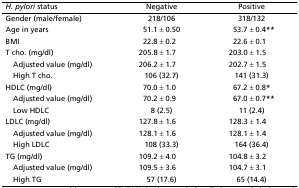
| H. pylori status | Negative | Positive |
 | --- | --- | --- |
 | Gender (male/female) | 218/106 | 318/132 |
 | Age in years | 51.1 ± 0.50 | 53.7 ± 0.4** |
 | BMI | 22.8 ± 0.2 | 22.6 ± 0.1 |
 | T cho. (mg/dl) | 205.8 ± 1.7 | 203.0 ± 1.5 |
 | Adjusted value (mg/dl) | 206.2 ± 1.7 | 202.7 ± 1.5 |
 | High T cho. | 106 (32.7) | 141 (31.3) |
 | HDLC (mg/dl) | 70.0 ± 1.0 | 67.2 ± 0.8* |
 | Adjusted value (mg/dl) | 70.2 ± 0.9 | 67.0 ± 0.7** |
 | Low HDLC | 8 (2.5) | 11 (2.4) |
 | LDLC (mg/dl) | 127.8 ± 1.6 | 128.3 ± 1.4 |
 | Adjusted value (mg/dl) | 128.1 ± 1.6 | 128.1 ± 1.4 |
 | High LDLC | 108 (33.3) | 164 (36.4) |
 | TG (mg/dl) | 109.2 ± 4.0 | 104.8 ± 3.2 |
 | Adjusted value (mg/dl) | 109.5 ± 3.6 | 104.7 ± 3.1 |
 | High TG | 57 (17.6) | 65 (14.4) |